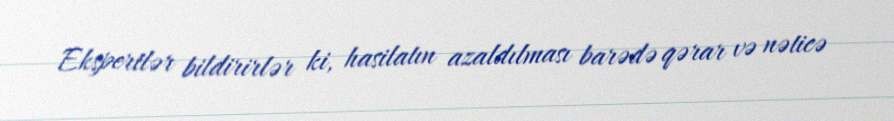
Ekspertlər bildirirlər ki, hasilatın azaldılması barədə qərar və nəticə